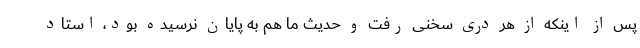
پس از اینکه از هر دری سخنی رفت و حدیث ما هم به پایان نرسیده بود، استاد